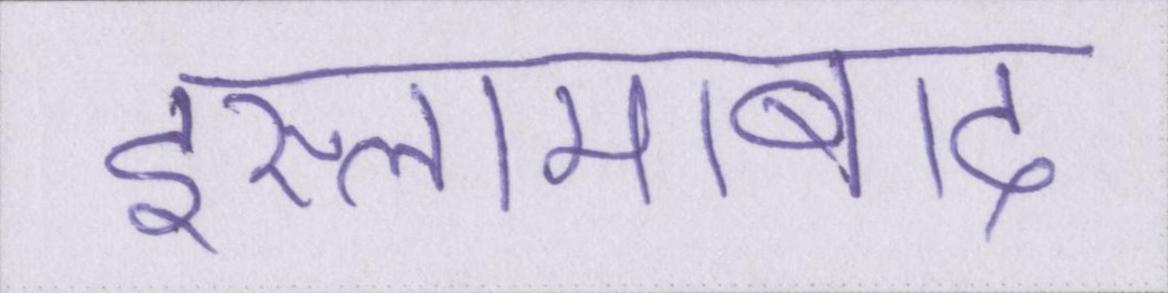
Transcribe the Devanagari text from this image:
इस्लामाबाद